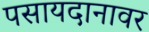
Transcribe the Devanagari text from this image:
पसायदानावर